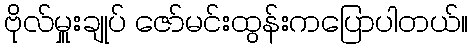
ဗိုလ်မှူးချုပ် ဇော်မင်းထွန်းကပြောပါတယ်။